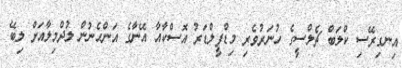
އިނގިރޭސި ކްލަބް ޗެލްސީގެ ހުނަރުވެރި މިޑްފީލްޑަރު އޮސްކާއާ އޭނާގެ އަންހެނުން ލުދްމިލާއަށް ލިބޭ